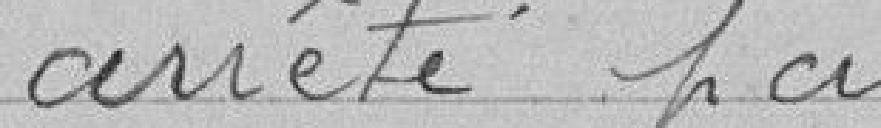
arrêté par délibération de la Commission administrative dans sa séance